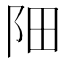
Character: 䧃